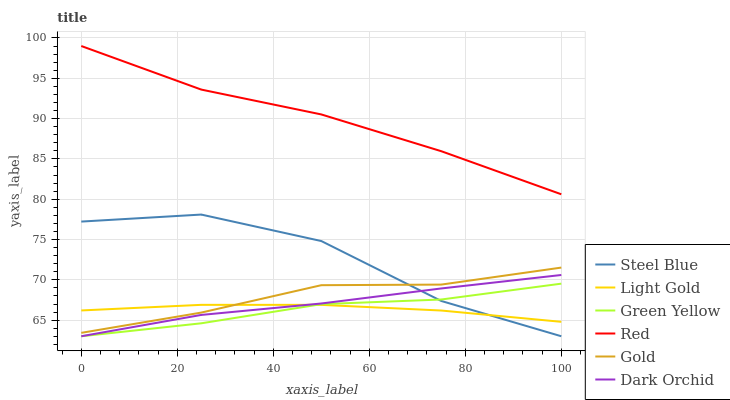
| xaxis_label | Steel Blue | Light Gold | Green Yellow | Red | Gold | Dark Orchid |
 | --- | --- | --- | --- | --- | --- | --- |
 | 0 | 77.2 | 66.2 | 63 | 99 | 63.4 | 63 |
 | 25 | 78.1 | 66.9 | 64.6 | 93.6 | 65.9 | 65.6 |
 | 50 | 74.8 | 66.9 | 67 | 90.5 | 69.3 | 67.1 |
 | 75 | 67.4 | 66.2 | 67.6 | 86 | 69.4 | 68.9 |
 | 100 | 63 | 64.8 | 69.5 | 80.6 | 71.5 | 70.6 |